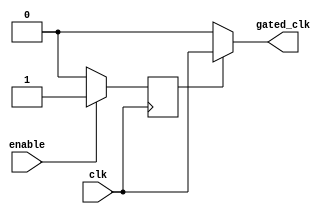
module clock_gating_control (
    input wire clk,                // Original clock signal
    input wire enable,             // Enable signal for read/write operations
    output wire gated_clk          // Gated clock output
);
    reg gating_signal;

    always @(posedge clk) begin
        // Monitor enable signal to set the gating signal
        if (enable) begin
            gating_signal <= 1'b1; // Active when there are read/write requests
        end else begin
            gating_signal <= 1'b0; // Idle state
        end
    end

    // Clock gating logic
    assign gated_clk = gating_signal ? clk : 1'b0; // Output clk if active, else 0
endmodule